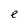
Character: e